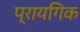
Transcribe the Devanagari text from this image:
प्रायगिक